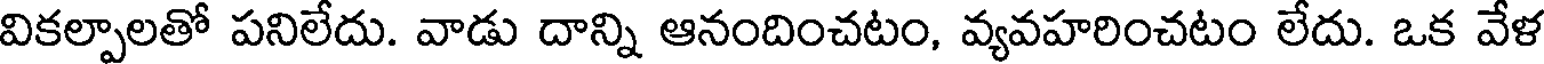
వికల్పాలతో పనిలేదు. వాడు దాన్ని ఆనందించటం, వ్యవహరించటం లేదు. ఒక వేళ